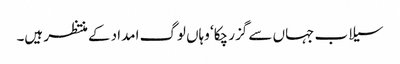
سیلاب جہاں سے گزر چکا‘ وہاں لوگ امداد کے منتظر ہیں۔